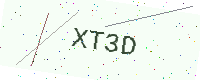
Text: XT3D